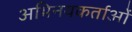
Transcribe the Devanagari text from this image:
अभिनयकर्ताओं